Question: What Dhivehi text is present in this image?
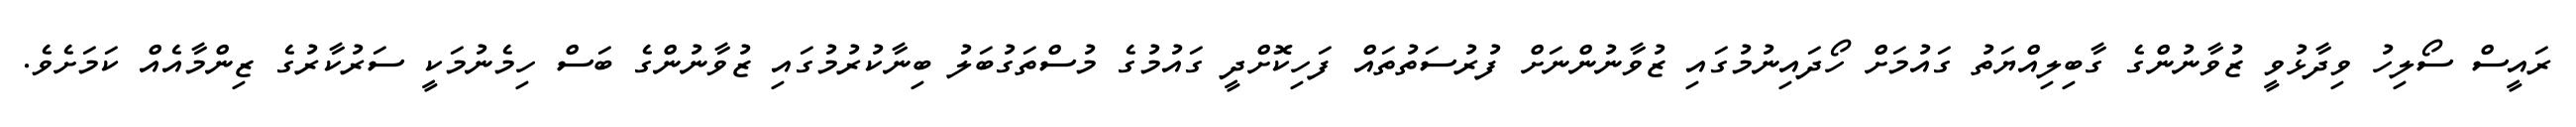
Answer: ރައީސް ސޯލިހު ވިދާޅުވީ ޒުވާނުންގެ ގާބިލިއްޔަތު ގައުމަށް ހޯދައިނުމުގައި ޒުވާނުންނަށް ފުރުސަތުތައް ފަހިކޮށްދީ ގައުމުގެ މުސްތަގުބަލު ބިނާކުރުމުގައި ޒުވާނުންގެ ބަސް ހިމެނުމަކީ ސަރުކާރުގެ ޒިންމާއެއް ކަމަށެވެ.